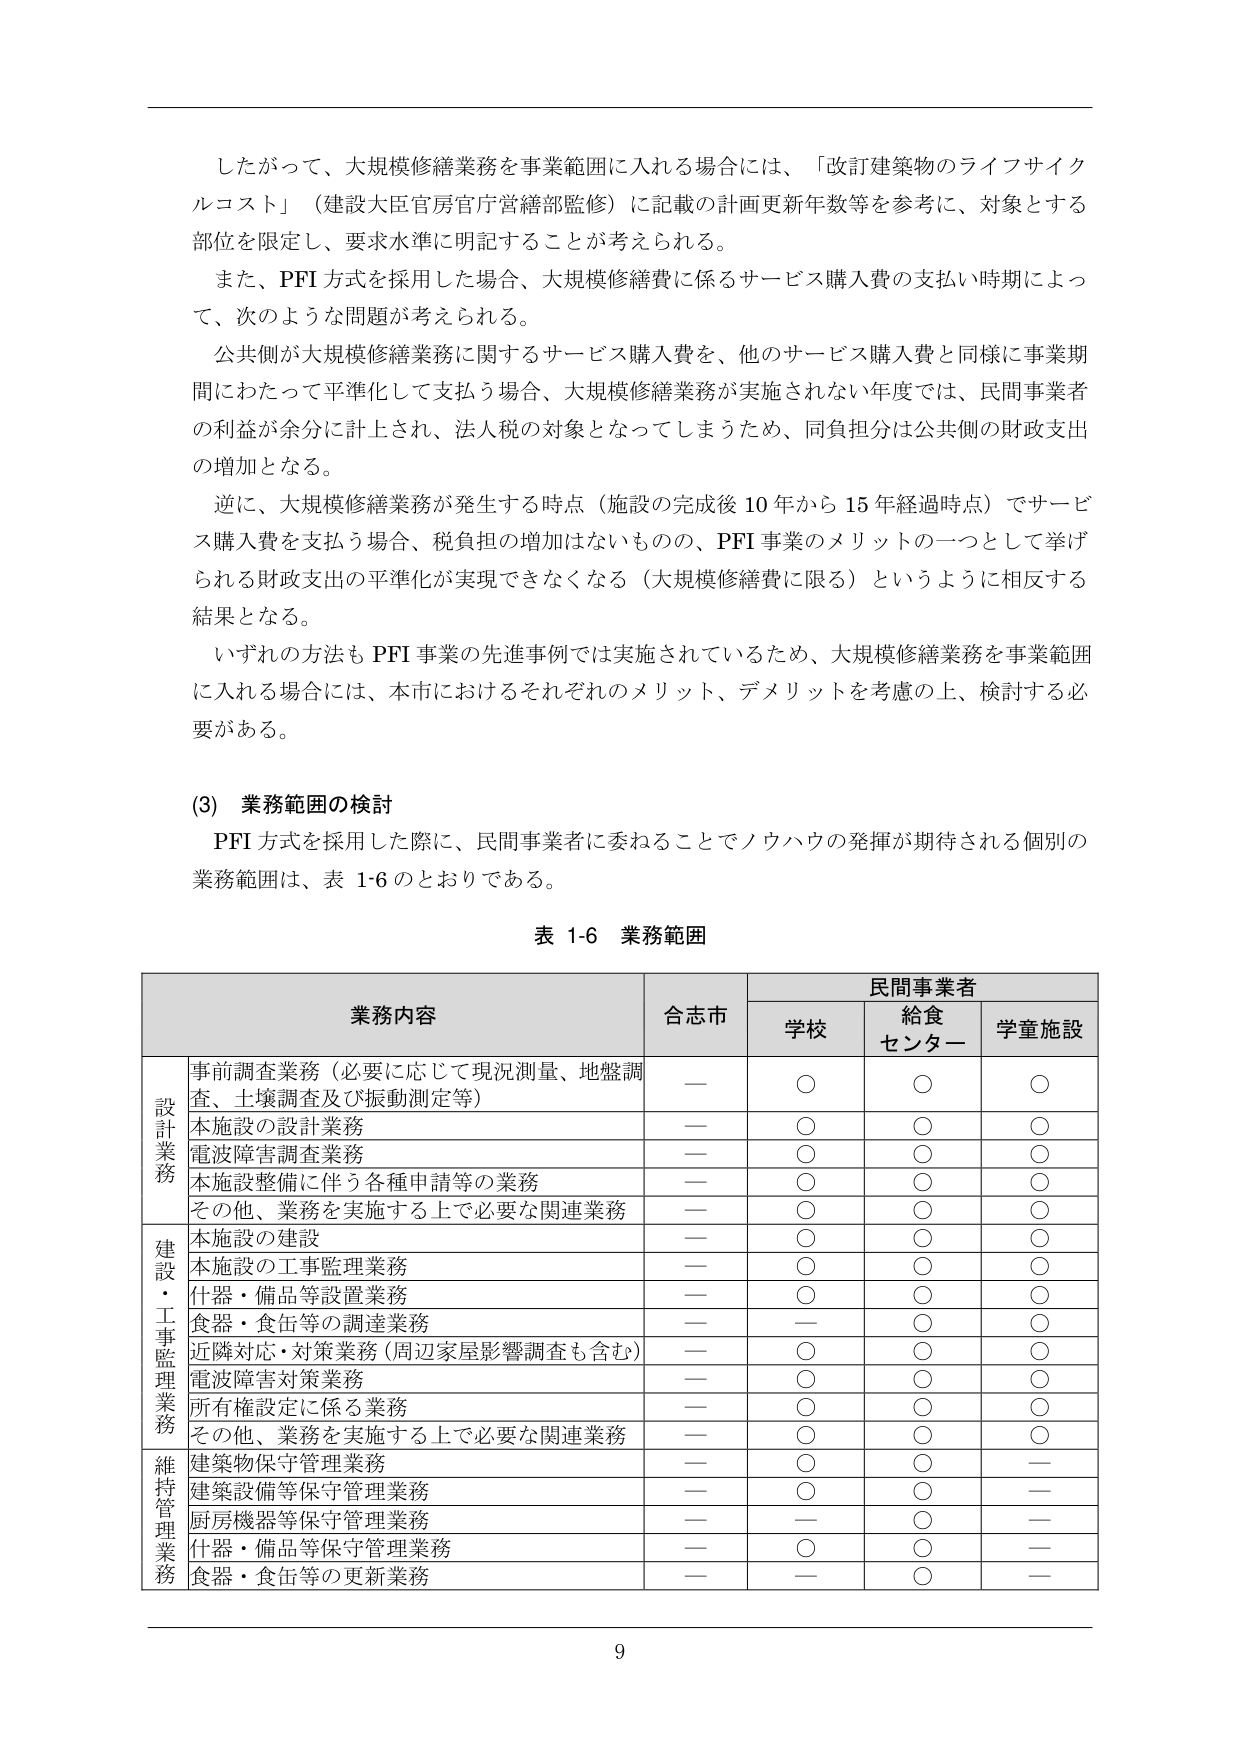
したがって、大規模修繕業務を事業範囲に入れる場合には、「改訂建築物のライフサイクルコスト」（建設大臣官房官庁営繕部監修）に記載の計画更新年数等を参考に、対象とする部位を限定し、要求水準に明記することが考えられる。

また、PFI方式を採用した場合、大規模修繕費に係るサービス購入費の支払い時期によって、次のような問題が考えられる。

公共側が大規模修繕業務に関するサービス購入費を、他のサービス購入費と同様に事業期間にわたって平準化して支払う場合、大規模修繕業務が実施されない年度では、民間事業者の利益が余分に計上され、法人税の対象となってしまうため、同負担分は公共側の財政支出の増加となる。

逆に、大規模修繕業務が発生する時点（施設の完成後10年から15年経過時点）でサービス購入費を支払う場合、税負担の増加はないものの、PFI事業のメリットの一つとして挙げられる財政支出の平準化が実現できなくなる（大規模修繕費に限る）というように相反する結果となる。

いずれの方法もPFI事業の先進事例では実施されているため、大規模修繕業務を事業範囲に入れる場合には、本市におけるそれぞれのメリット、デメリットを考慮の上、検討する必要がある。

(3) 業務範囲の検討

PFI方式を採用した際に、民間事業者に委ねることでノウハウの発揮が期待される個別の業務範囲は、表1-6のとおりである。

表1-6 業務範囲

業務内容 合志市 民間事業者
　　　　　　　　　　　　　　　　　学校 給食センター 学童施設

設計業務
　事前調査業務（必要に応じて現況測量、地盤調査、土壌調査及び振動測定等） — ○ ○ ○
　本施設の設計業務 — ○ ○ ○
　電波障害調査業務 — ○ ○ ○
　本施設整備に伴う各種申請等の業務 — ○ ○ ○
　その他、業務を実施する上で必要な関連業務 — ○ ○ ○

建設・工事監理業務
　本施設の建設 — ○ ○ ○
　本施設の工事監理業務 — ○ ○ ○
　什器・備品等設置業務 — ○ ○ ○
　食器・食缶等の調達業務 — — ○ ○
　近隣対応・対策業務（周辺家屋影響調査も含む） — ○ ○ ○
　電波障害対策業務 — ○ ○ ○
　所有権設定に係る業務 — ○ ○ ○
　その他、業務を実施する上で必要な関連業務 — ○ ○ ○

維持管理業務
　建築物保守管理業務 — ○ ○ —
　建築設備等保守管理業務 — ○ ○ —
　厨房機器等保守管理業務 — — ○ —
　什器・備品等保守管理業務 — ○ ○ —
　食器・食缶等の更新業務 — — ○ —

9